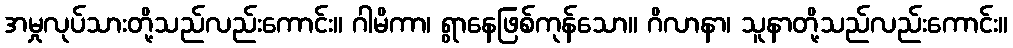
အမှုလုပ်သားတို့သည်လည်းကောင်း။ ဂါမိကာ၊ ရွာနေဖြစ်ကုန်သော။ ဂိလာနာ၊ သူနာတို့သည်လည်းကောင်း။